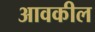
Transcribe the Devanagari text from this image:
आवकील